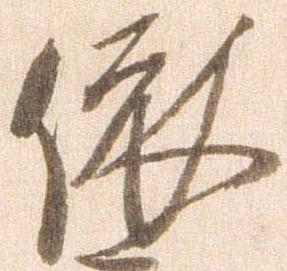
依